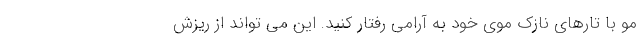
مو با تارهای نازک موی خود به آرامی رفتار کنید. این می تواند از ریزش